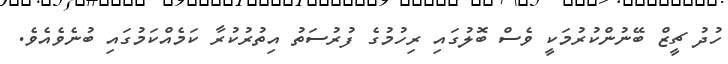
ހުދު ޗީޒް ބޭނުންކުރުމަކީ ވެސް ބޮލުގައި ރިހުމުގެ ފުރުސަތު އިތުރުކުރާ ކަމެއްކަމުގައި ބުނެވެއެވެ.